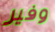
وفير